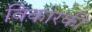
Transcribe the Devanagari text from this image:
विकारकी